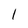
Character: l